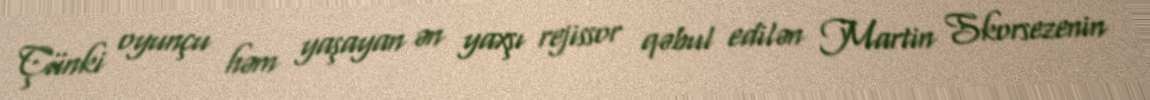
Çünki oyunçu həm yaşayan ən yaxşı rejissor qəbul edilən Martin Skorsezenin